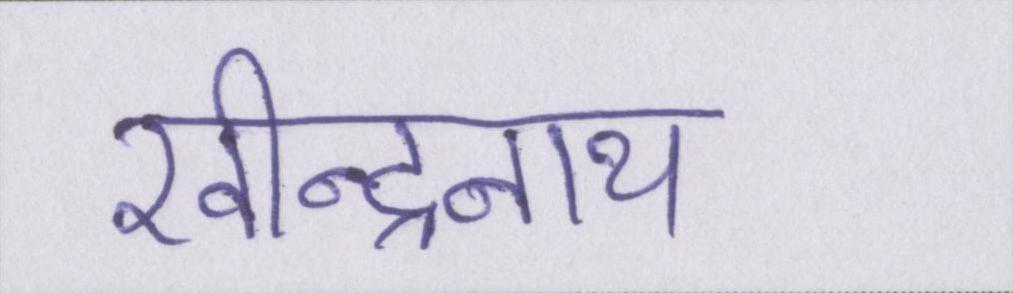
रवीन्द्रनाथ